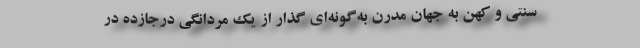
سنتی و کهن به جهان مدرن به‌گونه‌ای گذار از یک مردانگیِ درجازده در